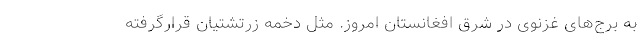
به برج‌های غزنوی در شرق افغانستان امروز. مثل دخمه زرتشتیان قرارگرفته